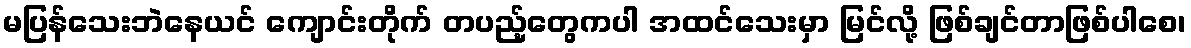
မပြန်သေးဘဲနေယင် ကျောင်းတိုက် တပည့်တွေကပါ အထင်သေးမှာ မြင်လို့ ဖြစ်ချင်တာဖြစ်ပါစေ၊